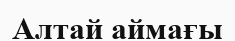
Алтай аймағы